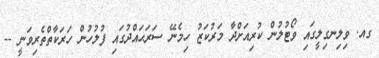
ގއ. ވިލިނގިލީގައި ވޯޓުލުން ކުރިއަށްދާ މަރުކަޒު ހިމެނޭ ސަރަޙައްދުގައި ފުލުހުން ހަރަކާތްތެރިވަނީ --